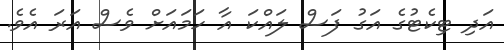
އަދި ޓިކެޓުގެ އަގު ފަސް ލައްކަ އާ ހަމައަށް ވެސް އަރަ އެވެ.